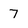
Character: 7